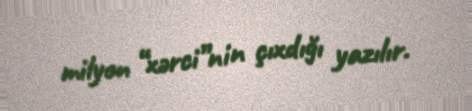
milyon “xərci”nin çıxdığı yazılır.